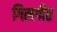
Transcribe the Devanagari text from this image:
गिलगीत